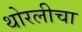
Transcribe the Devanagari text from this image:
थोरलीचा